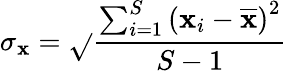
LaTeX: \sigma_{\mathbf{x}}=\sqrt{}{{\frac{{\sum_{i=1}^{S}\left(\mathbf{x}_{i}-\overline{{{\mathbf{x}}}}\right)^{2}}}{{S-1}}}}